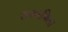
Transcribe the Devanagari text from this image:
सभागिता